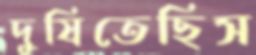
দুষিতেছিস